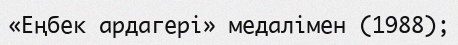
«Еңбек ардагері» медалімен (1988);